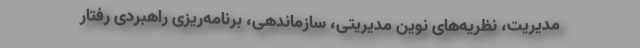
مدیریت، نظریه‌های نوین مدیریتی، سازماندهی، برنامه‌ریزی راهبردی رفتار